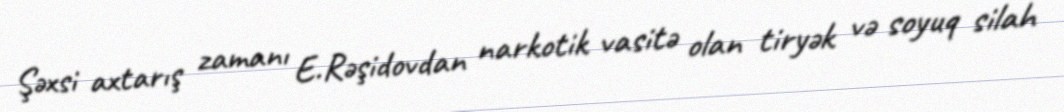
Şəxsi axtarış zamanı E.Rəşidovdan narkotik vasitə olan tiryək və soyuq silah